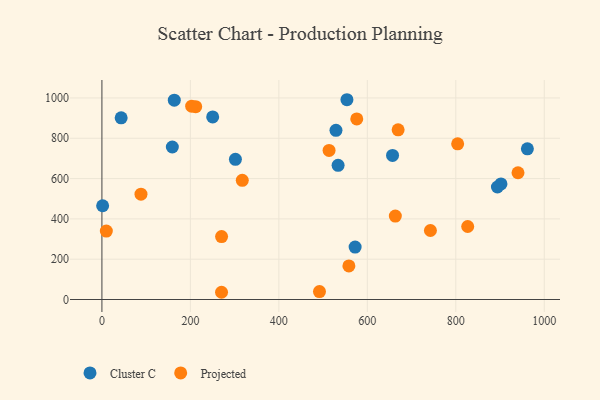
{"axis": {"x": "Study Hours", "y": "Fuel Efficiency"}, "legend": ["Cluster C", "Projected"], "data": [{"x": "301.8", "y": 695.5, "type": "Cluster C"}, {"x": "250.4", "y": 905.8, "type": "Cluster C"}, {"x": "902.1", "y": 573.6, "type": "Cluster C"}, {"x": "163.6", "y": 989.2, "type": "Cluster C"}, {"x": "572.4", "y": 260.0, "type": "Cluster C"}, {"x": "553.9", "y": 991.2, "type": "Cluster C"}, {"x": "529.1", "y": 839.6, "type": "Cluster C"}, {"x": "1.6", "y": 465.1, "type": "Cluster C"}, {"x": "533.9", "y": 665.9, "type": "Cluster C"}, {"x": "43.5", "y": 901.5, "type": "Cluster C"}, {"x": "159.2", "y": 756.7, "type": "Cluster C"}, {"x": "894.1", "y": 558.1, "type": "Cluster C"}, {"x": "961.8", "y": 747.7, "type": "Cluster C"}, {"x": "657.0", "y": 715.0, "type": "Cluster C"}, {"x": "558.3", "y": 166.7, "type": "Projected"}, {"x": "663.3", "y": 414.0, "type": "Projected"}, {"x": "270.4", "y": 35.9, "type": "Projected"}, {"x": "513.5", "y": 739.6, "type": "Projected"}, {"x": "940.6", "y": 628.8, "type": "Projected"}, {"x": "826.9", "y": 362.3, "type": "Projected"}, {"x": "270.5", "y": 312.4, "type": "Projected"}, {"x": "669.6", "y": 842.1, "type": "Projected"}, {"x": "742.6", "y": 342.4, "type": "Projected"}, {"x": "804.2", "y": 772.2, "type": "Projected"}, {"x": "491.8", "y": 39.2, "type": "Projected"}, {"x": "576.1", "y": 896.1, "type": "Projected"}, {"x": "212.0", "y": 956.5, "type": "Projected"}, {"x": "317.3", "y": 591.5, "type": "Projected"}, {"x": "88.3", "y": 522.6, "type": "Projected"}, {"x": "202.9", "y": 959.1, "type": "Projected"}, {"x": "10.0", "y": 339.3, "type": "Projected"}]}